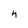
Character: 4